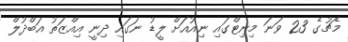
މެޗުގެ 23 ވަނަ މިިނިޓްގައި ނިއުއަށް ލީޑު ނަގައި ދިނީ އިއްޒަތު އަބްދުލް